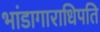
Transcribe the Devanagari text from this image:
भांडागाराधिपति